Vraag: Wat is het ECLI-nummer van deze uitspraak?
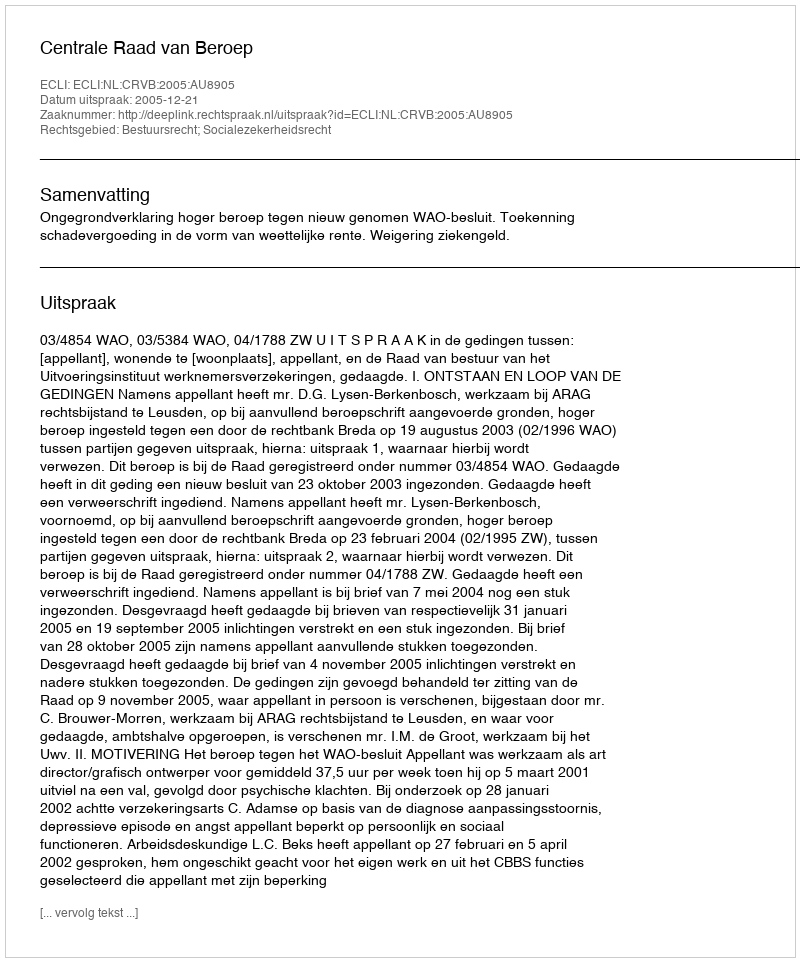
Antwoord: ECLI:NL:CRVB:2005:AU8905